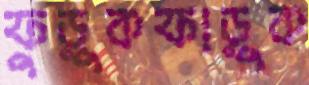
ফুড়ুকফাড়ুক